Indian journal of veterinary science and animal husbandry - Volumes 22-23, 1952-1953
Year: 1952
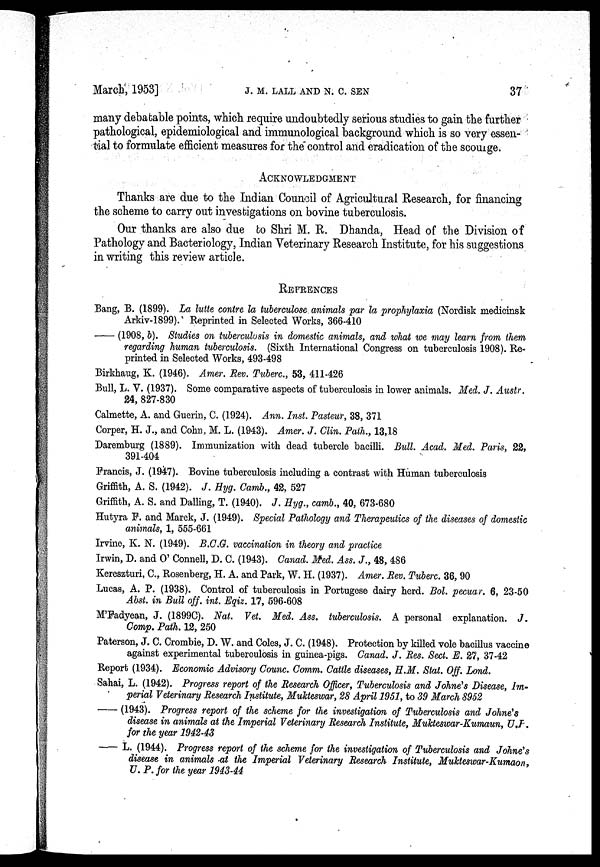
March, 1953]
J.
M.
LALL
AND
N.
C.
SEN
37
many debatable points, which require undoubtedly serious studies to gain the further
pathological, epidemiological and immunological background which is so very essen-
tial to formulate efficient measures for the" control and eradication of the scourge.
ACKNOWLEDGMENT
Thanks are due to the Indian Council of Agricultural Research, for financing
the scheme to carry out investigations on bovine tuberculosis.
Our thanks are also due to Shri M. R. Dhanda, Head of the Division of
Pathology and Bacteriology, Indian Veterinary Research Institute, for his suggestions
in writing this review article.
REFRENCES
Bang, B. (1899). La lutte contre la tuberculose animals par la prophylaxia (Nordisk medicinsk
Arkiv-1899). Reprinted in Selected Works, 366-410
——(1908, b). Studies on tuberculosis in domestic animals, and what we may learn from them
regarding human tuberculosis. (Sixth International Congress on tuberculosis 1908). Re-
printed in Selected Works, 493-498
Birkhaug, K. (1946). Amer. Rev. Tuberc., 53, 411-426
Bull, L. V. (1937). Some comparative aspects of tuberculosis in lower animals. Med. J. Austr.
24, 827-830
Calmette, A. and Guerin, C. (1924). Ann. Inst. Pasteur, 38, 371
Corper, H. J., and Cohn, M. L. (1943). Amer. J. Clin. Path., 13,18
Daremburg (1889). Immunization with dead tubercle bacilli. Bull. Acad. Med. Paris, 22,
391-404
Francis, J. (1947). Bovine tuberculosis including a contrast with Human tuberculosis
Griffith, A. S. (1942). J. Hyg. Camb., 42, 527
Griffith, A. S. and Dalling, T. (1940). J. Hyg., camb., 40, 673-680
Hutyra F. and Marek, J. (1949). Special Pathology and Therapeutics of the diseases of domestic
animals, 1, 555-661
Irvine, K. N. (1949). B.C.G. vaccination in theory and practice
Irwin, D. and O' Connell, D. C. (1943). Canad. Med. Ass. J., 48, 486
Kereszturi, C., Rosenberg, H. A. and Park, W. H. (1937). Amer. Rev. Tuberc. 36, 90
Lucas, A. P. (1938). Control of tuberculosis in Portugese dairy herd. Bol. pecuar. 6, 23-50
Abst. in Bull off. int. Eqiz. 17, 596-608
M'Fadyean, J. (1899C). Nat. Vet. Med. Ass. tuberculosis. A personal explanation. J.
Comp. Path. 12, 250
Paterson, J. C. Crombie, D. W. and Coles, J. C. (1948). Protection by killed vole bacillus vaccine
against experimental tuberculosis in guinea-pigs. Canad. J. Res. Sect. E. 27, 37-42
Report (1934). Economic Advisory Counc. Comm. Cattle diseases, H.M. Stat. Off. Lond.
Sahai, L. (1942). Progress report of the Research Officer, Tuberculosis and Johne's Disease, Im-
perial Veterinary Research Institute, Mukteswar, 28 April 1951, to 39 March 8952
——(1943). Progress report of the scheme for the investigation of Tuberculosis and Johne's
disease in animals at the Imperial Veterinary Research Institute, Mukteswar-Kumaun, U.P.
for the year 1942-43
—L.
(1944). Progress report of the scheme for the investigation of Tuberculosis and Johne's
disease in animals at the Imperial Veterinary Research Institute, Mukteswar-Kumaon,
U. P. for the year 1943-44